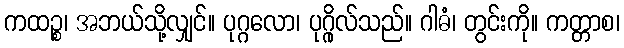
ကထဉ္စ၊ အဘယ်သို့လျှင်။ ပုဂ္ဂလော၊ ပုဂ္ဂိုလ်သည်။ ဂါဓံ၊ တွင်းကို။ ကတ္တာစ၊